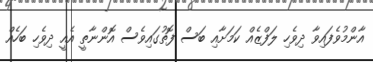
އާންމުވެފައިވާ ދިވެހި ލަފްޒެއް ކަމަށާއި ބަސް ފޮތުގައިވެސް އޮންނާތީ އެއީ ދިވެހި ބަހެއް